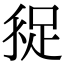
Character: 𧿗